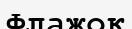
Флажок